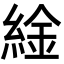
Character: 䋮